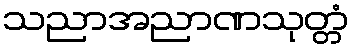
သညာအညာဏသုတ္တံ